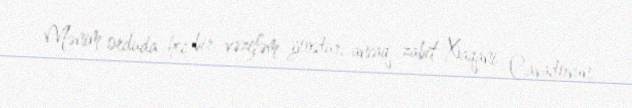
Mənim orduda heç bir vəzifəm yoxdur, ancaq zabit Xaqani Cavadovun,